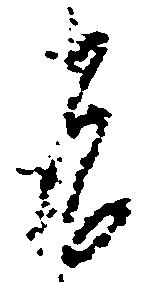
謹